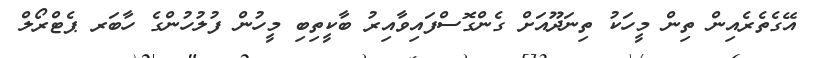
އޭގެތެރެއިން ތިން މީހަކު ތިނަދޫއަށް ގެންގޮސްފައިވާއިރު ބާކީތިބި މީހުން ފުލުހުންގެ ހާބަރ ޕެޓްރޯލް